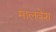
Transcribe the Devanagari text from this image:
मालवेश